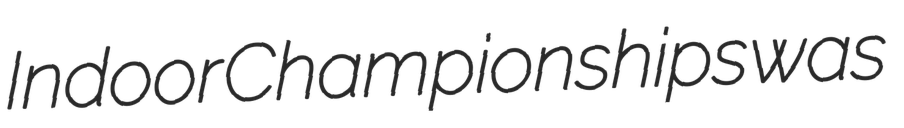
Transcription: Indoor Championships was